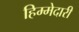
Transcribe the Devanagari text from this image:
हिम्मेदारी